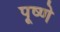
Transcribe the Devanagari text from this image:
पूष्णे